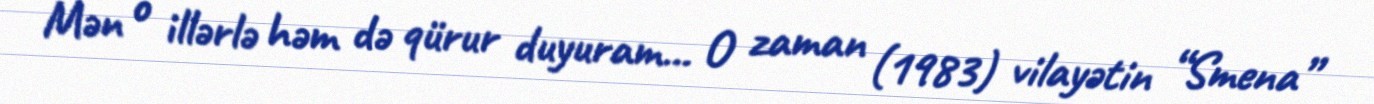
Mən o illərlə həm də qürur duyuram... O zaman (1983) vilayətin “Smena”